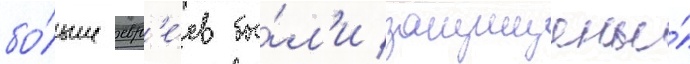
бо́льше евр'е́ев бы́л'и защищены́